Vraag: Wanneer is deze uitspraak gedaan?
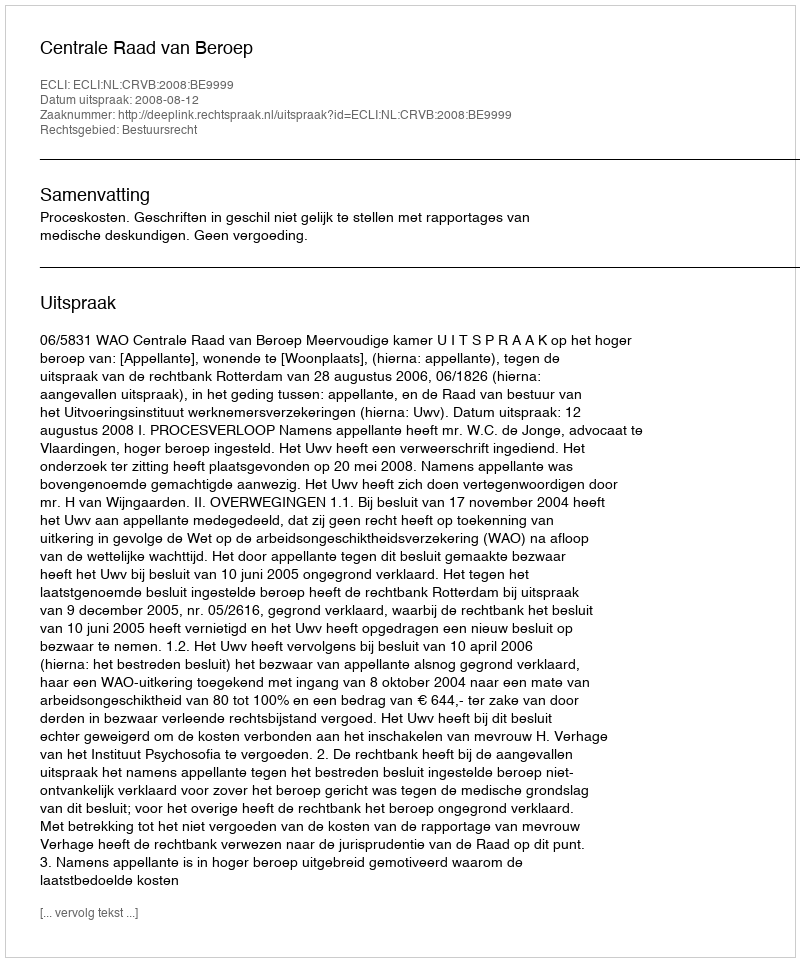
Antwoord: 2008-08-12